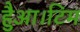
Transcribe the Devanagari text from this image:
हैुआ।टिम